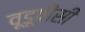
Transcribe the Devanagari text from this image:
वूडूपीसी